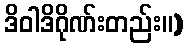
ဒိဝါဒိဂိုဏ်းတည်း။)